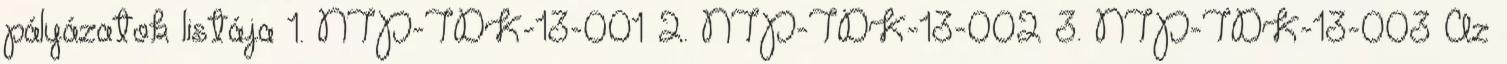
pályázatok listája 1. NTP-TDK-13-001 2. NTP-TDK-13-002 3. NTP-TDK-13-003 Az